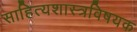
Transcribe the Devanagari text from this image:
साहित्यशास्त्रविषयक